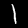
Label: 1